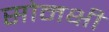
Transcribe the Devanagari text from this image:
सोनक्षी